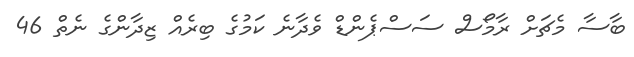
ބާސާ މެޗަށް ރާމޯސް ސަސްޕެންޑް ވެދާނެ ކަމުގެ ބިރެއް ޒިދާންގެ ނެތް 46